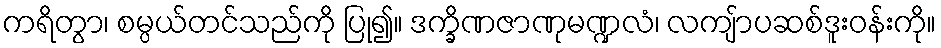
ကရိတွာ၊ စမ္ပယ်တင်သည်ကို ပြု၍။ ဒက္ခိဏဇာဏုမဏ္ဍလံ၊ လကျ်ာပဆစ်ဒူးဝန်းကို။